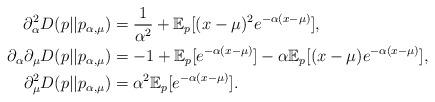
LaTeX: \begin{align*}\partial^2_\alpha D(p||p_{\alpha,\mu}) &= \frac{1}{\alpha^2} + \mathbb{E}_p[ (x-\mu)^2 e^{-\alpha(x-\mu)}],\\\partial_\alpha\partial_\mu D(p||p_{\alpha,\mu}) &= -1 + \mathbb{E}_p[e^{-\alpha(x-\mu)}] - \alpha \mathbb{E}_p[(x-\mu)e^{-\alpha(x-\mu)}],\\\partial^2_\mu D(p||p_{\alpha,\mu}) &= \alpha^2 \mathbb{E}_p[ e^{-\alpha(x-\mu)}].\end{align*}